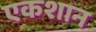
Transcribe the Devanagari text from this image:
एकशान